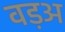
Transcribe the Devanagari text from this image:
वड़अ